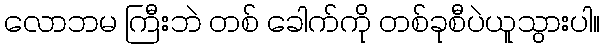
လောဘမ ကြီးဘဲ တစ် ခေါက်ကို တစ်ခုစီပဲယူသွားပါ။